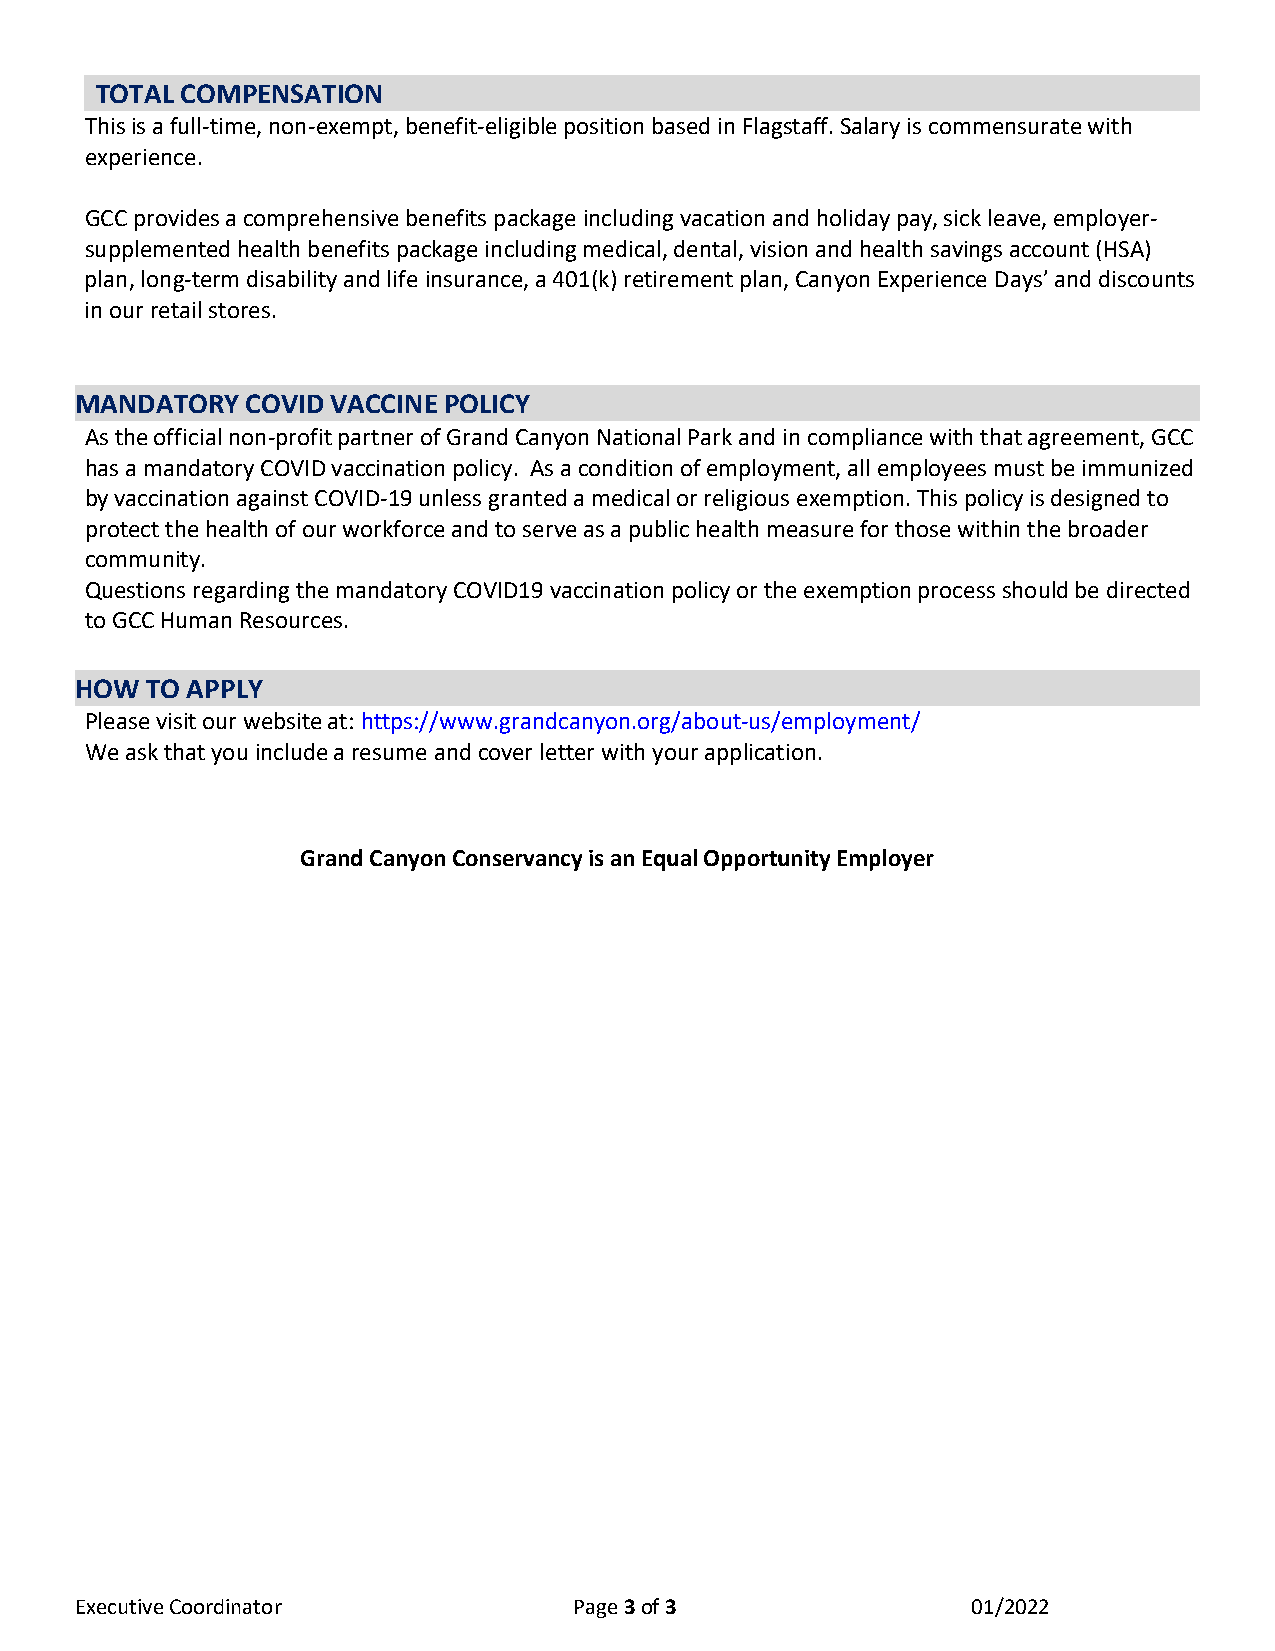
TOTAL COMPENSATION
 This is a full-time, non-exempt, benefit-eligible position based in Flagstaff. Salary is commensurate with
 experience.
 GCC provides a comprehensive benefits package including vacation and holiday pay, sick leave, employer-
 supplemented health benefits package including medical, dental, vision and health savings account (HSA)
 plan, long-term disability and life insurance, a 401(k) retirement plan, Canyon Experience Days’ and discounts
 in our retail stores.
 MANDATORY  COVID VACCINE POLICY
 As the official non-profit partner of Grand Canyon National Park and in compliance with that agreement, GCC
 has a mandatory COVID vaccination policy. As a condition of employment, all employees must be immunized
 by vaccination against COVID-19 unless granted a medical or religious exemption. This policy is designed to
 protect the health of our workforce and to serve as a public health measure for those within the broader
 community.
 Questions regarding the mandatory COVID19 vaccination policy or the exemption process should be directed
 to GCC Human Resources.
 HOW  TO APPLY
 Please visit our website at: https://www.grandcanyon.org/about-us/employment/
 We ask that you include a resume and cover letter with your application.
 Grand Canyon Conservancy is an Equal Opportunity Employer
 Executive Coordinator            Page 3 of 3               01/2022